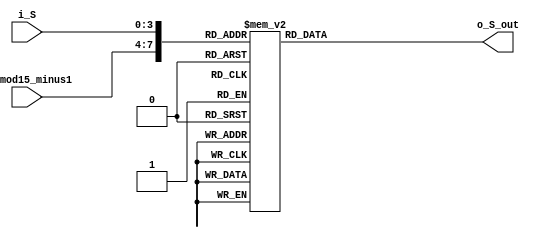
`timescale 1ns / 1ps
module pre_encoder_rom (
    i_S,
    i_nmod15_minus1,
    o_S_out
);
    input [3:0] i_S;
    input [3:0] i_nmod15_minus1;
    output reg [3:0] o_S_out;
    
	wire [7:0] addr;
	
	assign addr = {i_nmod15_minus1,i_S};  // multiply by 16 and add current state  //changed non-blocking assignment to blocking assignment
	
	always @(*)
	begin
		
		case (addr)
			0: o_S_out = 0;
			1: o_S_out = 14;
			2: o_S_out = 3;
			3: o_S_out = 13;
			4: o_S_out = 7;
			5: o_S_out = 9;
			6: o_S_out = 4;
			7: o_S_out = 10;
			8: o_S_out = 15;
			9: o_S_out = 1;
			10: o_S_out = 12;
			11: o_S_out = 2;
			12: o_S_out = 8;
			13: o_S_out = 6;
			14: o_S_out = 11;
			15: o_S_out = 5;

			16: o_S_out = 0;
			17: o_S_out = 11;
			18: o_S_out = 13;
			19: o_S_out = 6;
			20: o_S_out = 10;
			21: o_S_out = 1;
			22: o_S_out = 7;
			23: o_S_out = 12;
			24: o_S_out = 5;
			25: o_S_out = 14;
			26: o_S_out = 8;
			27: o_S_out = 3;
			28: o_S_out = 15;
			29: o_S_out = 4;
			30: o_S_out = 2;
			31: o_S_out = 9;

			32: o_S_out = 0;
			33: o_S_out = 8;
			34: o_S_out = 9;
			35: o_S_out = 1;
			36: o_S_out = 2;
			37: o_S_out = 10;
			38: o_S_out = 11;
			39: o_S_out = 3;
			40: o_S_out = 4;
			41: o_S_out = 12;
			42: o_S_out = 13;
			43: o_S_out = 5;
			44: o_S_out = 6;
			45: o_S_out = 14;
			46: o_S_out = 15;
			47: o_S_out = 7;

			48: o_S_out = 0;
			49: o_S_out = 3;
			50: o_S_out = 4;
			51: o_S_out = 7;
			52: o_S_out = 8;
			53: o_S_out =11;
			54: o_S_out = 12;
			55: o_S_out = 15;
			56: o_S_out = 1;
			57: o_S_out = 2;
			58: o_S_out = 5;
			59: o_S_out = 6;
			60: o_S_out = 9;
			61: o_S_out = 10;
			62: o_S_out = 13;
			63: o_S_out = 14;

			64: o_S_out = 0;
			65: o_S_out = 12;
			66: o_S_out = 5;
			67: o_S_out = 9;
			68: o_S_out = 11;
			69: o_S_out = 7;
			70: o_S_out = 14;
			71: o_S_out = 2;
			72: o_S_out = 6;
			73: o_S_out = 10;
			74: o_S_out = 3;
			75: o_S_out = 15;
			76: o_S_out = 13;
			77: o_S_out = 1;
			78: o_S_out = 8;
			79: o_S_out = 4;

			80: o_S_out = 0;
			81: o_S_out = 4; 
			82: o_S_out = 12;
			83: o_S_out = 8;
			84: o_S_out = 9;
			85: o_S_out = 13;
			86: o_S_out = 5;
			87: o_S_out = 1;
			88: o_S_out = 2;
			89: o_S_out = 6;
			90: o_S_out = 14;
			91: o_S_out = 10;
			92: o_S_out = 11;
			93: o_S_out = 15;
			94: o_S_out = 7;
			95: o_S_out = 3;

			96: o_S_out = 0;
			97: o_S_out = 6;
			98: o_S_out = 10;
			99: o_S_out = 12;
			100: o_S_out = 5;
			101: o_S_out = 3;
			102: o_S_out = 15;
			103: o_S_out = 9;
			104: o_S_out = 11;
			105: o_S_out = 13;
			106: o_S_out = 1;
			107: o_S_out = 7;
			108: o_S_out = 14;
			109: o_S_out = 8;
			110: o_S_out = 4;
			111: o_S_out = 2;

			112: o_S_out = 0;
			113: o_S_out = 7;
			114: o_S_out = 8;
			115: o_S_out = 15;
			116: o_S_out = 1;
			117: o_S_out = 6;
			118: o_S_out = 9;
			119: o_S_out = 14;
			120: o_S_out = 3;
			121: o_S_out = 4;
			122: o_S_out = 11;
			123: o_S_out = 12;
			124: o_S_out = 2;
			125: o_S_out = 5;
			126: o_S_out = 10;
			127: o_S_out = 13;

			128: o_S_out = 0;
			129: o_S_out = 5;
			130: o_S_out = 14;
			131: o_S_out = 11;
			132: o_S_out = 13;
			133: o_S_out = 8;
			134: o_S_out = 3;
			135: o_S_out = 6;
			136: o_S_out = 10;
			137: o_S_out = 15;
			138: o_S_out = 4;
			139: o_S_out = 1;
			140: o_S_out = 7;
			141: o_S_out = 2;
			142: o_S_out = 9;
			143: o_S_out = 12;

			144: o_S_out = 0;
			145: o_S_out = 13;
			146: o_S_out = 7;
			147: o_S_out = 10;
			148: o_S_out = 15;
			149: o_S_out = 2;
			150: o_S_out = 8;
			151: o_S_out = 5;
			152: o_S_out = 14;
			153: o_S_out = 3;
			154: o_S_out = 9;
			155: o_S_out = 4;
			156: o_S_out = 1;
			157: o_S_out = 12;
			158: o_S_out = 6;
			159: o_S_out = 11;

			160: o_S_out = 0;
			161: o_S_out = 2;
			162: o_S_out = 6;
			163: o_S_out = 4;
			164: o_S_out = 12;
			165: o_S_out = 14;
			166: o_S_out = 10;
			167: o_S_out = 8;
			168: o_S_out = 9;
			169: o_S_out = 11;
			170: o_S_out = 15;
			171: o_S_out = 13;
			172: o_S_out = 5;
			173: o_S_out = 7;
			174: o_S_out = 3;
			175: o_S_out = 1;

			176: o_S_out = 0;
			177: o_S_out = 9;
			178: o_S_out = 11;
			179: o_S_out = 2;
			180: o_S_out = 6;
			181: o_S_out = 15;
			182: o_S_out = 13;
			183: o_S_out = 4;
			184: o_S_out = 12;
			185: o_S_out = 5;
			186: o_S_out = 7;
			187: o_S_out = 14;
			188: o_S_out = 10;
			189: o_S_out = 3;
			190: o_S_out = 1;
			191: o_S_out = 8;

			192: o_S_out = 0;
			193: o_S_out = 10;
			194: o_S_out = 15;
			195: o_S_out = 5;
			196: o_S_out = 14;
			197: o_S_out = 4;
			198: o_S_out = 1;
			199: o_S_out = 11;
			200: o_S_out = 13;
			201: o_S_out = 7;
			202: o_S_out = 2;
			203: o_S_out = 8;
			204: o_S_out = 3;
			205: o_S_out = 9;
			206: o_S_out = 12;
			207: o_S_out = 6;

			208: o_S_out = 0;
			209: o_S_out = 15;
			210: o_S_out = 1;
			211: o_S_out = 14;
			212: o_S_out = 3;
			213: o_S_out = 12;
			214: o_S_out = 2;
			215: o_S_out = 13;
			216: o_S_out = 7;
			217: o_S_out = 8;
			218: o_S_out = 6;
			219: o_S_out = 9;
			220: o_S_out = 4;
			221: o_S_out = 11;
			222: o_S_out = 5;
			223: o_S_out = 10;
			default: o_S_out = 0;
			endcase
	end
endmodule